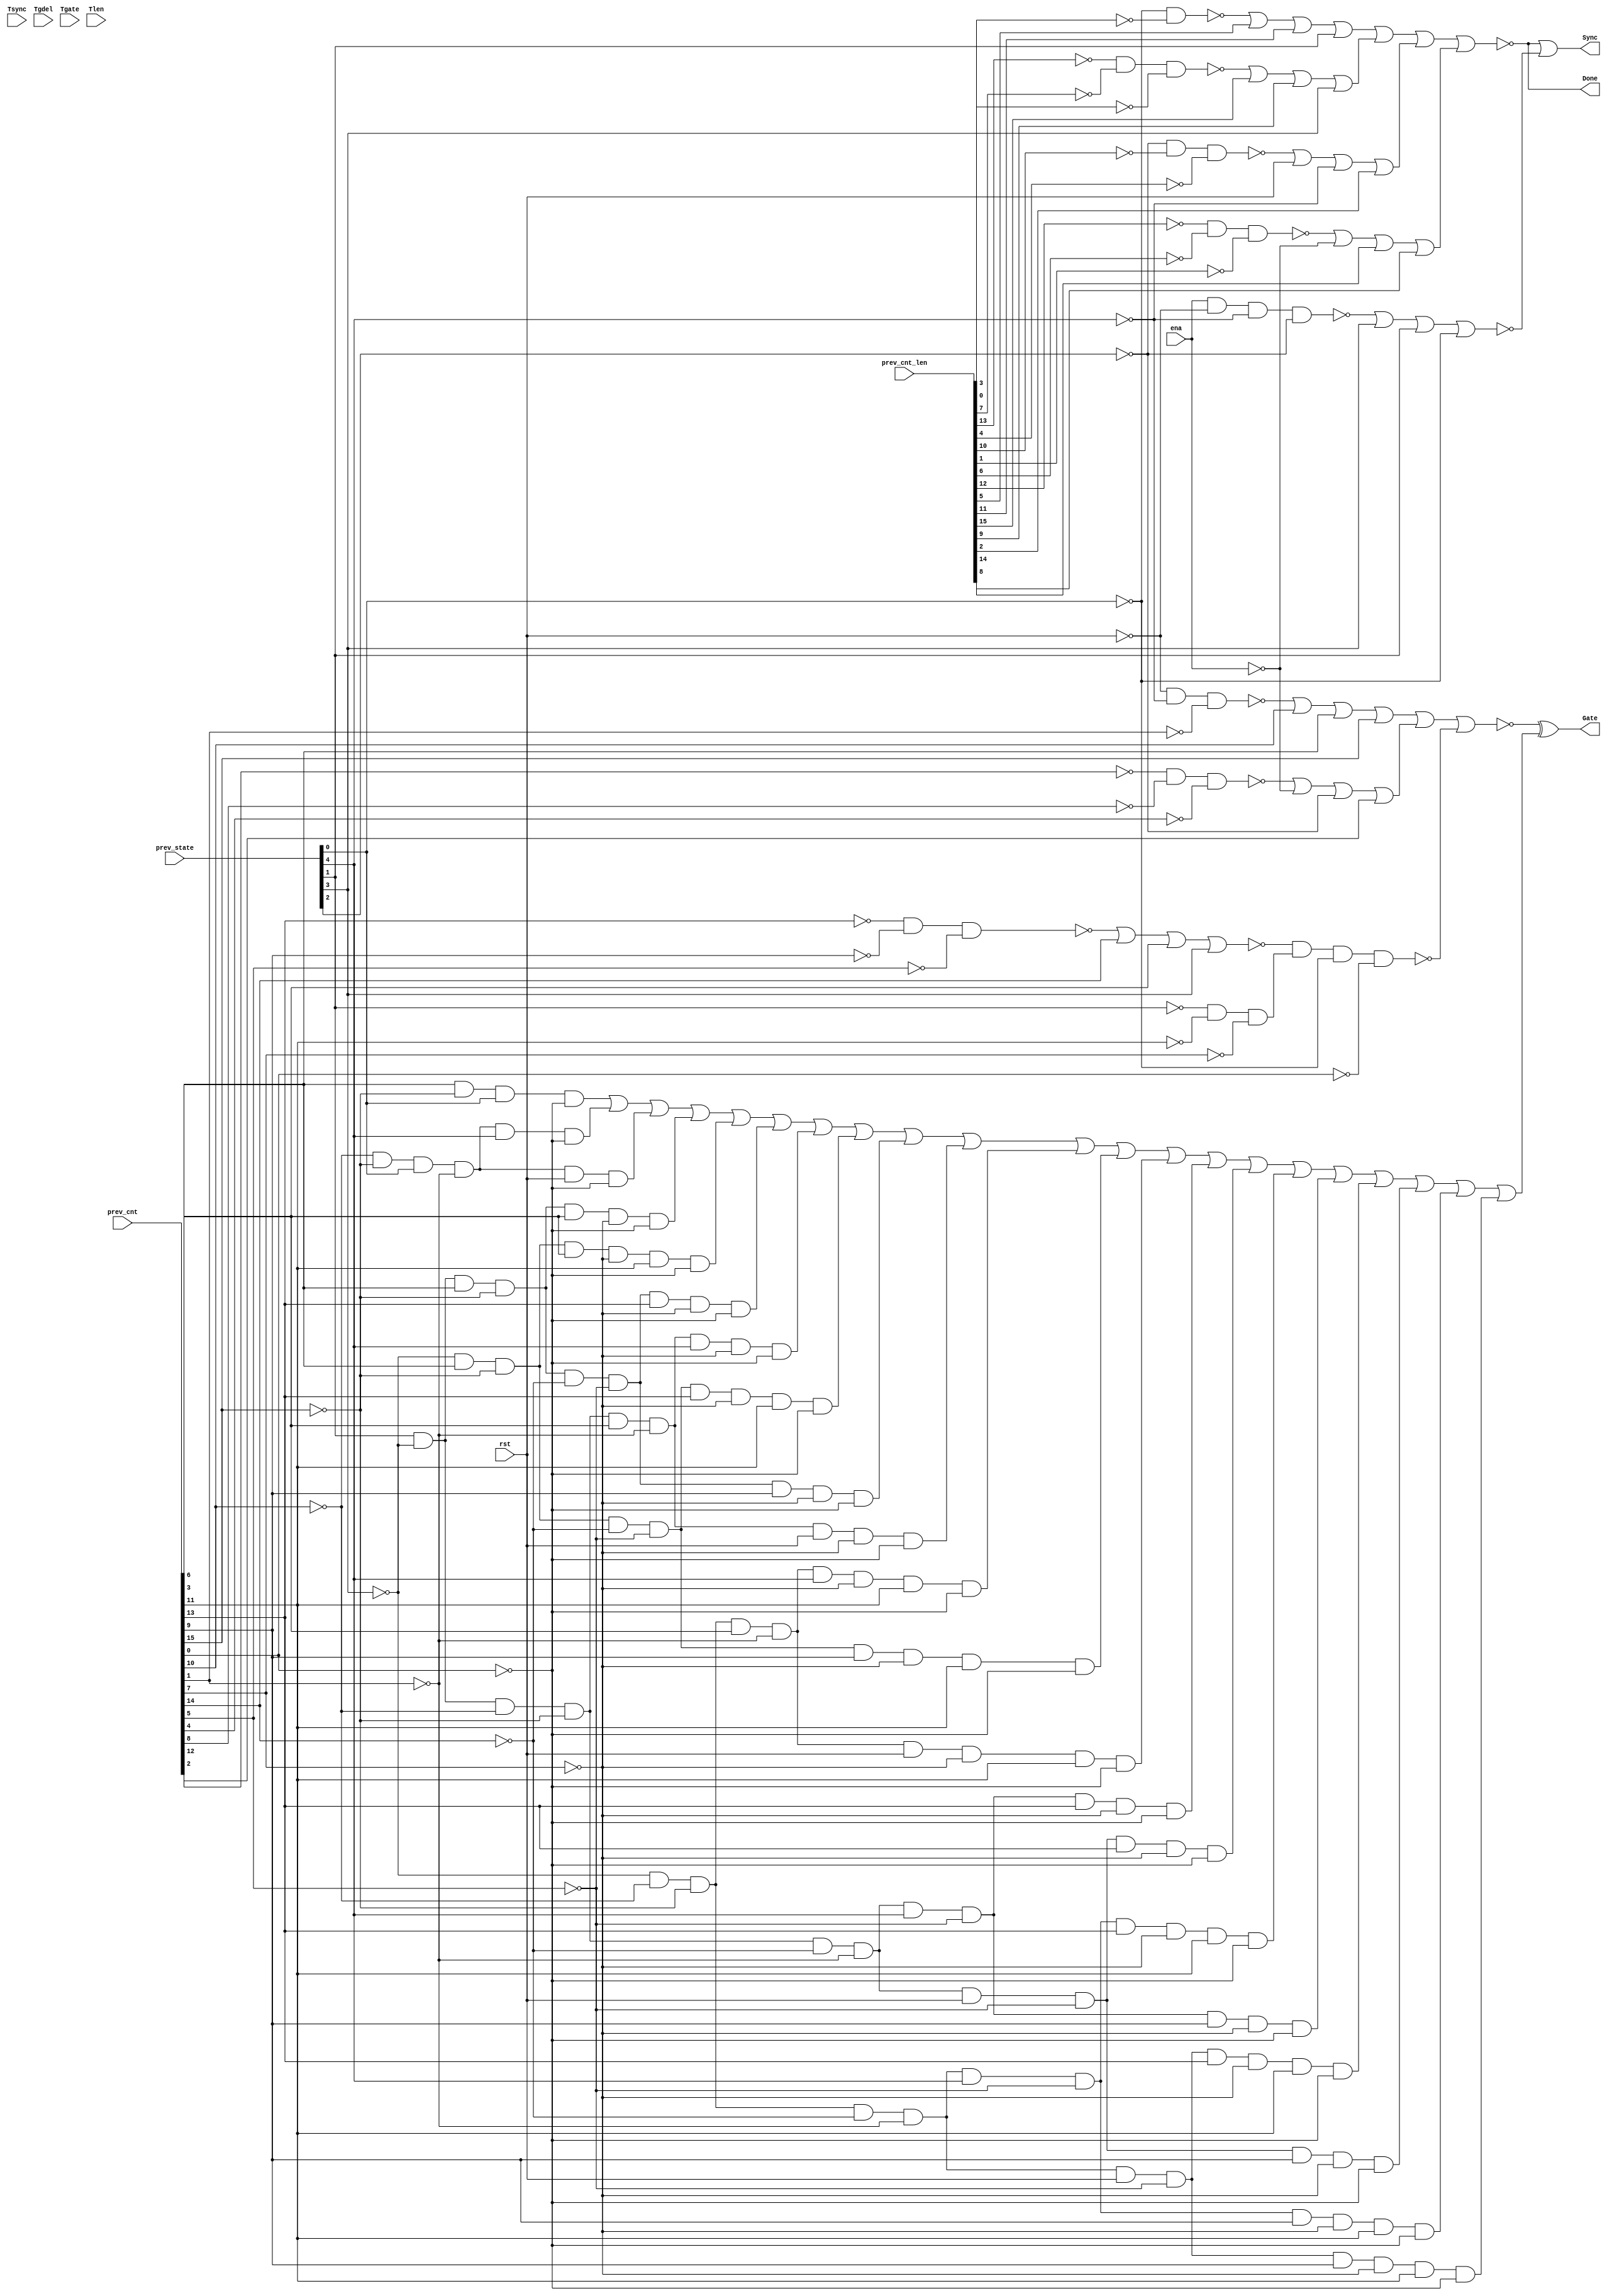
module top(Sync,Gate,Done,ena,rst,Tsync,Tgdel,Tgate,Tlen,prev_cnt,prev_cnt_len,prev_state);
	input ena, rst;
	input [7:0]Tsync, Tgdel;
	input [15:0]Tgate, Tlen, prev_cnt, prev_cnt_len;
	input [4:0]prev_state;
	output Sync, Gate, Done;
	wire ena, rst;
	wire [7:0]Tsync, Tgdel;
	wire [15:0]Tgate, Tlen, prev_cnt, prev_cnt_len;
	wire [4:0]prev_state;
	wire Sync, Gate, Done, n_130, n_142, n_164, n_167, n_290, n_413, n_414, n_415, n_416, n_417, n_418, n_419, n_420, n_421, n_422, n_423, n_424, n_425, n_426, n_427, n_428, n_429, n_430, n_431, n_432, n_433, n_434, n_435, n_436, n_437, n_438, n_439, n_440, n_441, n_442, n_443, n_444, n_445, n_446, n_447, n_448, n_449, n_450, n_451, n_452, n_453, n_454, n_455, n_456, n_457, n_458;
	wire sub_wire0, w_eco0, w_eco1, w_eco2, w_eco3, w_eco4, w_eco5, w_eco6, w_eco7, w_eco8, w_eco9, w_eco10, w_eco11, w_eco12, w_eco13, w_eco14, w_eco15, w_eco16, w_eco17, w_eco18, w_eco19, w_eco20, w_eco21;

	nor g63(n_290, Done, n_458);
	not g70(Sync, n_290);
	nor g91(n_130, n_438, prev_cnt_len[5], prev_cnt_len[11], prev_state[1]);
	nor g103(n_142, n_440, prev_cnt_len[15], prev_cnt_len[9], prev_state[3]);
	nor g105(n_167, n_448, prev_cnt[10], prev_cnt[6], prev_cnt[15]);
	nor g111(n_164, n_453, prev_cnt[14], prev_cnt[3], prev_state[3]);
	not g357(n_413, prev_state[1]);
	not g358(n_414, prev_cnt_len[3]);
	not g359(n_415, prev_state[0]);
	not g360(n_416, prev_cnt_len[0]);
	not g361(n_417, prev_cnt_len[7]);
	not g362(n_418, prev_cnt_len[13]);
	not g363(n_419, prev_cnt_len[4]);
	not g364(n_420, prev_cnt_len[10]);
	not g365(n_421, prev_state[2]);
	not g366(n_422, prev_cnt_len[1]);
	not g367(n_423, prev_cnt_len[6]);
	not g368(n_424, prev_cnt_len[12]);
	not g369(n_425, prev_cnt[1]);
	not g370(n_426, prev_state[4]);
	not g371(n_427, rst);
	not g372(n_428, prev_cnt[4]);
	not g373(n_429, prev_cnt[8]);
	not g374(n_430, prev_cnt[12]);
	not g375(n_431, prev_cnt[5]);
	not g376(n_432, prev_cnt[9]);
	not g377(n_433, prev_cnt[13]);
	not g378(n_434, prev_cnt[7]);
	not g379(n_435, prev_cnt[11]);
	not g380(n_436, ena);
	not g381(n_437, prev_cnt[0]);
	nand g382(n_438, n_415, n_414);
	not g383(n_439, n_130);
	nand g384(n_440, n_418, n_417, n_416);
	not g385(n_441, n_142);
	nand g386(n_442, n_421, n_420, n_419);
	nor g387(n_443, n_442, rst, n_426, prev_cnt_len[2]);
	not g388(n_444, n_443);
	nand g389(n_445, n_424, n_423, n_422);
	nor g390(n_446, n_445, n_436, prev_cnt_len[14], prev_cnt_len[8]);
	not g391(n_447, n_446);
	nor g392(Done, n_439, n_441, n_444, n_447);
	nand g393(n_448, n_427, n_426, n_425);
	not g394(n_449, n_167);
	nand g395(n_450, n_430, n_429, n_428);
	nor g396(n_451, n_450, n_436, n_421, prev_cnt[2]);
	not g397(n_452, n_451);
	nand g398(n_453, n_433, n_432, n_431);
	nand g399(n_454, n_413, n_435, n_434);
	not g400(n_455, n_454);
	nand g401(n_456, n_164, n_455, n_415, n_437);
	nor g402(sub_wire0, n_449, n_452, n_456);
	nand g403(n_457, ena, n_427, n_426, n_421);
	nor g404(n_458, n_457, prev_state[3], prev_state[1], n_415);
	and _ECO_0(w_eco0, prev_cnt[6], !prev_cnt[15], prev_state[0], !prev_cnt[0]);
	and _ECO_1(w_eco1, !prev_cnt[10], !prev_cnt[15], prev_state[0], !prev_cnt[1], prev_state[4], !prev_cnt[0]);
	and _ECO_2(w_eco2, !prev_cnt[10], !prev_cnt[15], prev_state[0], !prev_cnt[1], rst, !prev_cnt[0]);
	and _ECO_3(w_eco3, prev_state[1], !prev_state[3], prev_cnt[6], !prev_cnt[15], prev_cnt[3], !prev_cnt[7], !prev_cnt[0]);
	and _ECO_4(w_eco4, !prev_state[3], prev_cnt[6], !prev_cnt[15], prev_cnt[3], !prev_cnt[7], prev_cnt[11], !prev_cnt[0]);
	and _ECO_5(w_eco5, prev_state[1], !prev_state[3], prev_cnt[6], !prev_cnt[15], !prev_cnt[14], !prev_cnt[5], prev_cnt[13], !prev_cnt[7], !prev_cnt[0]);
	and _ECO_6(w_eco6, prev_state[1], !prev_state[3], !prev_cnt[10], !prev_cnt[15], prev_cnt[3], !prev_cnt[1], prev_state[4], !prev_cnt[7], !prev_cnt[0]);
	and _ECO_7(w_eco7, !prev_state[3], prev_cnt[6], !prev_cnt[15], !prev_cnt[14], !prev_cnt[5], prev_cnt[13], !prev_cnt[7], prev_cnt[11], !prev_cnt[0]);
	and _ECO_8(w_eco8, prev_state[1], !prev_state[3], prev_cnt[6], !prev_cnt[15], !prev_cnt[14], !prev_cnt[5], prev_cnt[9], !prev_cnt[7], !prev_cnt[0]);
	and _ECO_9(w_eco9, prev_state[1], !prev_state[3], !prev_cnt[10], !prev_cnt[15], prev_cnt[3], !prev_cnt[1], rst, !prev_cnt[7], !prev_cnt[0]);
	and _ECO_10(w_eco10, !prev_state[3], !prev_cnt[10], !prev_cnt[15], prev_cnt[3], !prev_cnt[1], prev_state[4], !prev_cnt[7], prev_cnt[11], !prev_cnt[0]);
	and _ECO_11(w_eco11, !prev_state[3], prev_cnt[6], !prev_cnt[15], !prev_cnt[14], !prev_cnt[5], prev_cnt[9], !prev_cnt[7], prev_cnt[11], !prev_cnt[0]);
	and _ECO_12(w_eco12, !prev_state[3], !prev_cnt[10], !prev_cnt[15], prev_cnt[3], !prev_cnt[1], rst, !prev_cnt[7], prev_cnt[11], !prev_cnt[0]);
	and _ECO_13(w_eco13, prev_state[1], !prev_state[3], !prev_cnt[10], !prev_cnt[15], !prev_cnt[14], !prev_cnt[1], prev_state[4], !prev_cnt[5], prev_cnt[13], !prev_cnt[7], !prev_cnt[0]);
	and _ECO_14(w_eco14, prev_state[1], !prev_state[3], !prev_cnt[10], !prev_cnt[15], !prev_cnt[14], !prev_cnt[1], rst, !prev_cnt[5], prev_cnt[13], !prev_cnt[7], !prev_cnt[0]);
	and _ECO_15(w_eco15, !prev_state[3], !prev_cnt[10], !prev_cnt[15], !prev_cnt[14], !prev_cnt[1], prev_state[4], !prev_cnt[5], prev_cnt[13], !prev_cnt[7], prev_cnt[11], !prev_cnt[0]);
	and _ECO_16(w_eco16, prev_state[1], !prev_state[3], !prev_cnt[10], !prev_cnt[15], !prev_cnt[14], !prev_cnt[1], prev_state[4], !prev_cnt[5], prev_cnt[9], !prev_cnt[7], !prev_cnt[0]);
	and _ECO_17(w_eco17, !prev_state[3], !prev_cnt[10], !prev_cnt[15], !prev_cnt[14], !prev_cnt[1], rst, !prev_cnt[5], prev_cnt[13], !prev_cnt[7], prev_cnt[11], !prev_cnt[0]);
	and _ECO_18(w_eco18, prev_state[1], !prev_state[3], !prev_cnt[10], !prev_cnt[15], !prev_cnt[14], !prev_cnt[1], rst, !prev_cnt[5], prev_cnt[9], !prev_cnt[7], !prev_cnt[0]);
	and _ECO_19(w_eco19, !prev_state[3], !prev_cnt[10], !prev_cnt[15], !prev_cnt[14], !prev_cnt[1], prev_state[4], !prev_cnt[5], prev_cnt[9], !prev_cnt[7], prev_cnt[11], !prev_cnt[0]);
	and _ECO_20(w_eco20, !prev_state[3], !prev_cnt[10], !prev_cnt[15], !prev_cnt[14], !prev_cnt[1], rst, !prev_cnt[5], prev_cnt[9], !prev_cnt[7], prev_cnt[11], !prev_cnt[0]);
	or _ECO_21(w_eco21, w_eco0, w_eco1, w_eco2, w_eco3, w_eco4, w_eco5, w_eco6, w_eco7, w_eco8, w_eco9, w_eco10, w_eco11, w_eco12, w_eco13, w_eco14, w_eco15, w_eco16, w_eco17, w_eco18, w_eco19, w_eco20);
	xor _ECO_out0(Gate, sub_wire0, w_eco21);

endmodule